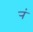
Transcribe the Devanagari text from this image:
र्‍ां